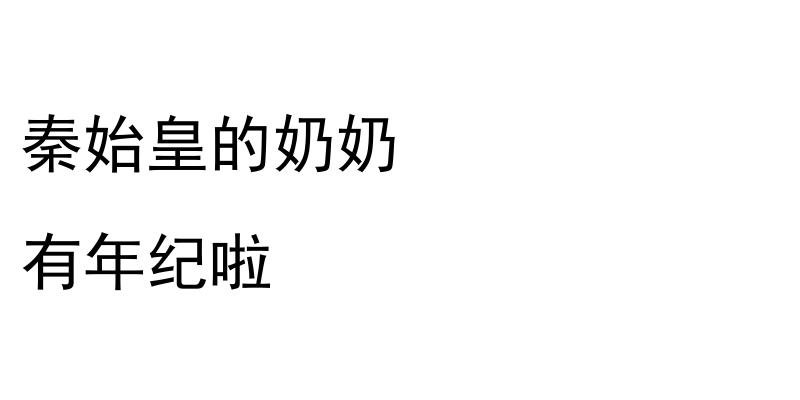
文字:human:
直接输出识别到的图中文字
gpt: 秦始皇的奶奶 有年纪啦